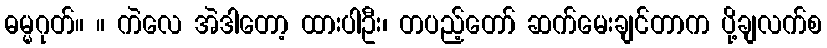
ဓမ္မဂုတ်။ ။ ကဲလေ အဲဒါတော့ ထားပါဦး၊ တပည့်တော် ဆက်မေးချင်တာက ပို့ချလက်စ